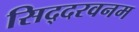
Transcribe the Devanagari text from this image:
सिद्दरवनम